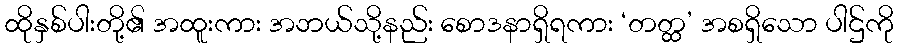
ထိုနှစ်ပါးတို့၏ အထူးကား အဘယ်သို့နည်း စောဒနာရှိရကား ‘တတ္ထ’ အစရှိသော ပါဌ်ကို